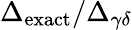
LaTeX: \Delta_{\mathrm{exact}}/\Delta_{\gamma\delta}